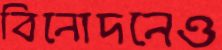
বিনোদনেও